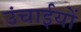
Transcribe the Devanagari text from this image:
उंचाईयों